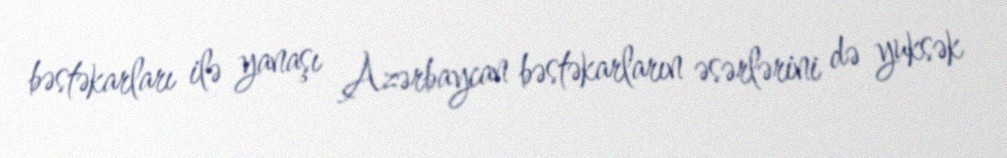
bəstəkarları ilə yanaşı Azərbaycan bəstəkarların əsərlərini də yuksək